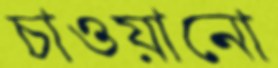
চাওয়ানো